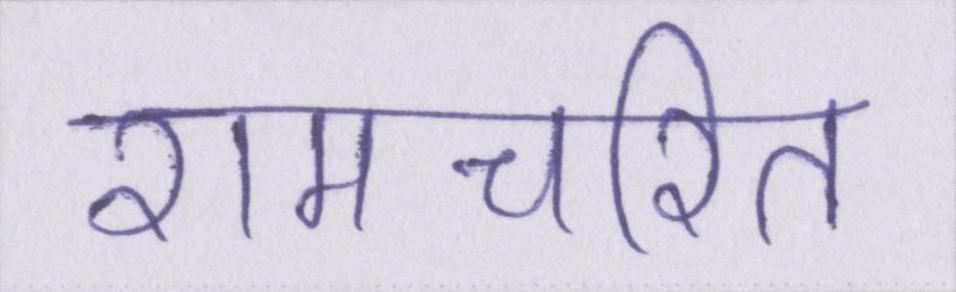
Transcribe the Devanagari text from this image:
रामचरित